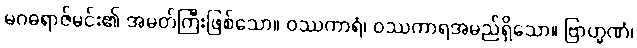
မဂဓရာဇ်မင်း၏ အမတ်ကြီးဖြစ်သော။ ဝဿကာရံ၊ ဝဿကာရအမည်ရှိသော။ ဗြာဟ္မဏံ၊